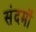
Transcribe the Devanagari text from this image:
संदर्मों